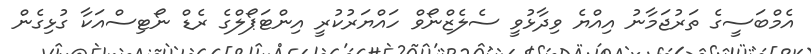
އެމްބަސީގެ ތަރުޖަމާނު އިއްޔެ ވިދާޅުވީ ސެލެޒްނޯވް ހައްޔަރުކުރީ އިންޓަޕޯލްގެ ރެޑް ނޯޓިސްއަކާ ގުޅިގެން